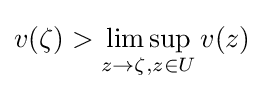
v(\zeta )>\limsup _{z\to \zeta ,z\in U}v(z)